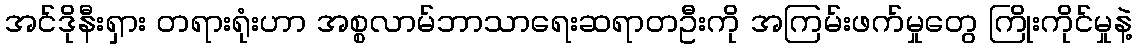
အင်ဒိုနီးရှား တရားရုံးဟာ အစ္စလာမ်ဘာသာရေးဆရာတဦးကို အကြမ်းဖက်မှုတွေ ကြိုးကိုင်မှုနဲ့